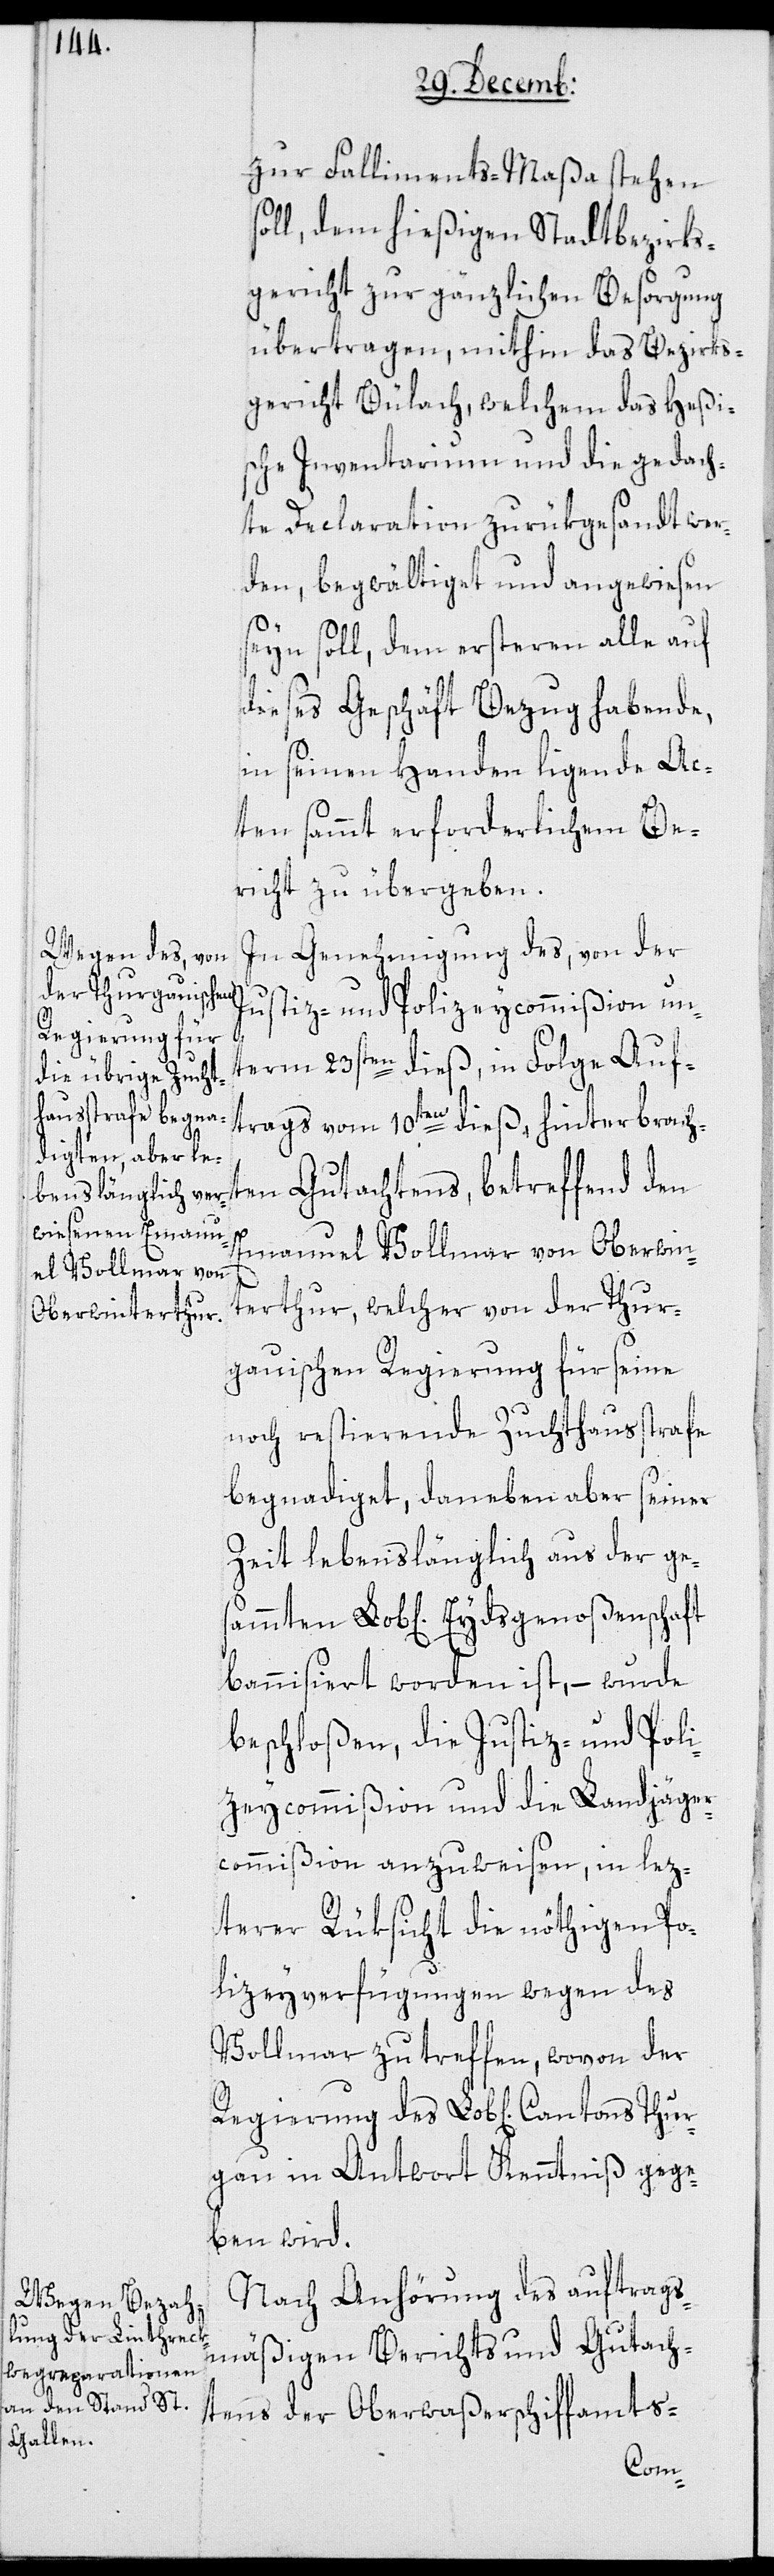
zur Falliments-Maßa stehen
soll, dem hießigen Stadtbezirks¬
gericht zur gänzlichen Besorgung
übertragen, mithin das Bezirks¬
gericht Bülach, welchem das Heßi¬
sche Inventarium und die gedach¬
te Declaration zurükgesandt wer¬
den, begwältigt und angewiesen
seyn soll, dem ersteren alle auf
dieses Geschäft Bezug habende,
in seinen Handen ligende Ac¬
ten sammt erforderlichem Be¬
richt zu übergeben.
In Genehmigung des, von der
Justiz- und Polizeycommißion un¬
Regierung des
term 23sten dieß, in Folge Auf¬
trags vom 10ten dieß, hinterbrach¬
Emanuel Vollmar von Oberwin¬
terthur, welcher von der Thur¬
gauischen Regierung für seine
noch restierende Zuchthausstrafe
begnadiget, daneben aber seiner
Zeit lebenslänglich aus der ge¬
bannisiert worden ist, – wurde
beschloßen, die Justiz- und Poli¬
zeycommißion und die Landjäger¬
commißion anzuweisen, in lez¬
terer Rüksicht die nöthigen Po¬
lizeyverfügungen wegen des
Vollmar zu treffen, wovon der
gau in Antwort Kenntniß gege¬
ben wird.
Nach Anhörung des auftrags¬
mäßigen Berichts und Gutach¬
tens der Oberwaßerschiffamts-
Thur¬